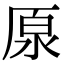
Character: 厡